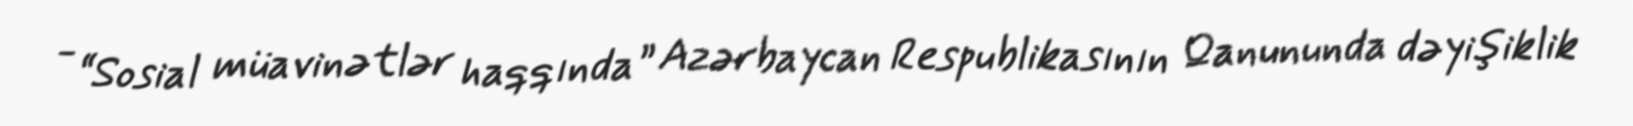
- “Sosial müavinətlər haqqında” Azərbaycan Respublikasının Qanununda dəyişiklik